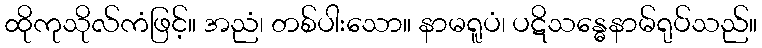
ထိုကုသိုလ်ကံဖြင့်။ အညံ၊ တစ်ပါးသော။ နာမရူပံ၊ ပဋိသန္ဓေနာမ်ရုပ်သည်။